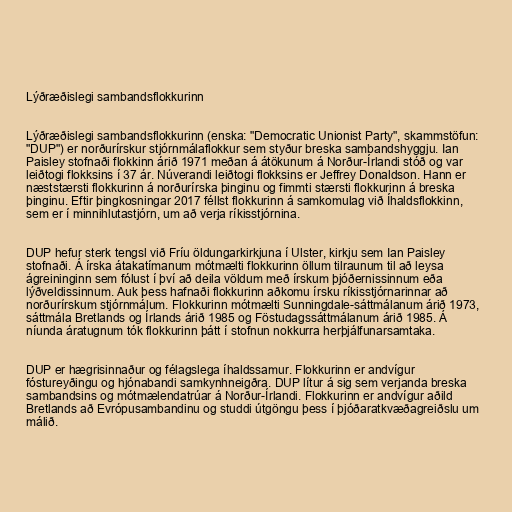
Lýðræðislegi sambandsflokkurinn

Lýðræðislegi sambandsflokkurinn (enska: "Democratic Unionist Party", skammstöfun:
"DUP") er norðurírskur stjórnmálaflokkur sem styður breska sambandshyggju. Ian
Paisley stofnaði flokkinn árið 1971 meðan á átökunum á Norður-Írlandi stóð og var
leiðtogi flokksins í 37 ár. Núverandi leiðtogi flokksins er Jeffrey Donaldson. Hann er
næststærsti flokkurinn á norðurírska þinginu og fimmti stærsti flokkurinn á breska
þinginu. Eftir þingkosningar 2017 féllst flokkurinn á samkomulag við Íhaldsflokkinn,
sem er í minnihlutastjórn, um að verja ríkisstjórnina.

DUP hefur sterk tengsl við Fríu öldungarkirkjuna í Ulster, kirkju sem Ian Paisley
stofnaði. Á írska átakatímanum mótmælti flokkurinn öllum tilraunum til að leysa
ágreininginn sem fólust í því að deila völdum með írskum þjóðernissinnum eða
lýðveldissinnum. Auk þess hafnaði flokkurinn aðkomu írsku ríkisstjórnarinnar að
norðurírskum stjórnmálum. Flokkurinn mótmælti Sunningdale-sáttmálanum árið 1973,
sáttmála Bretlands og Írlands árið 1985 og Föstudagssáttmálanum árið 1985. Á
níunda áratugnum tók flokkurinn þátt í stofnun nokkurra herþjálfunarsamtaka.

DUP er hægrisinnaður og félagslega íhaldssamur. Flokkurinn er andvígur
fóstureyðingu og hjónabandi samkynhneigðra. DUP lítur á sig sem verjanda breska
sambandsins og mótmælendatrúar á Norður-Írlandi. Flokkurinn er andvígur aðild
Bretlands að Evrópusambandinu og studdi útgöngu þess í þjóðaratkvæðagreiðslu um
málið.